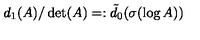
d _ { 1 } ( A ) / \det ( A ) = : \tilde { d } _ { 0 } ( \sigma ( \log A ) )